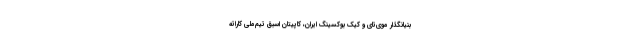
بنیانگذار موی‌تای و کیک بوکسینگ ایران، کاپیتان اسبق تیم‌ملی کاراته